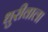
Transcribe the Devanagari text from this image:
धुरीवाला